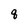
Character: q